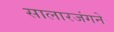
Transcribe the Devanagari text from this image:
सालारजंगने